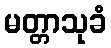
မတ္တာသုခံ